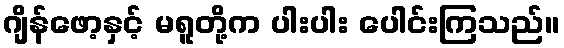
ဂျိန်ဖော့နှင့် မရူတို့က ပါးပါး ပေါင်းကြသည်။